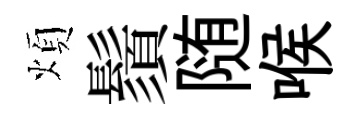
煩鬚随喉